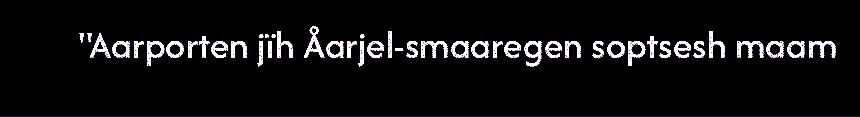
"Aarporten jïh Åarjel-smaaregen soptsesh maam